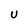
Character: U